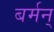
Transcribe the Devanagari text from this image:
बर्मन्